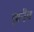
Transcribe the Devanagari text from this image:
झ़नैव